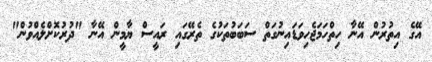
އޭގެ އިތުރުން އޭނާ ހިތްހަމަޖެހިވަޑައިނުގަތް ސަބަބުތަކުގެ ތެރޭގައި ރައީސް ޔާމީން އޭނާ "ދުރުކޮށްލެއްވުން"